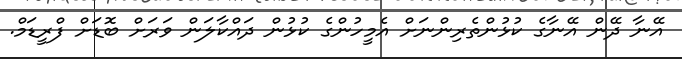
އޭނާ ދޭން އޭނާގެ ކުޅުންތެރިންނަށް އެމީހުންގެ ކުޅުން ދައްކާލަން ވަރަށް ބޮޑަށް ފްރީޑަމް.